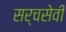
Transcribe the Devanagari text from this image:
सर्चसेवी